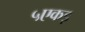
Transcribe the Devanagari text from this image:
५एकड़